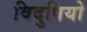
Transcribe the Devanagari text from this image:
विदुषियो